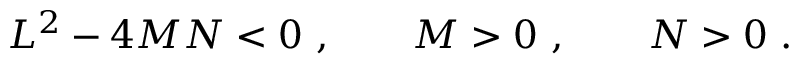
L ^ { 2 } - 4 M N < 0 \ , \qquad M > 0 \ , \qquad N > 0 \ .